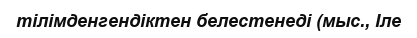
тілімденгендіктен белестенеді (мыс., Ӏле